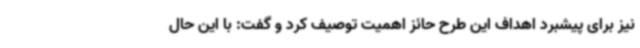
نیز برای پیشبرد اهداف این طرح حائز اهمیت توصیف کرد و گفت: با این حال